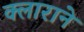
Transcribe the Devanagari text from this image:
क्लाराने